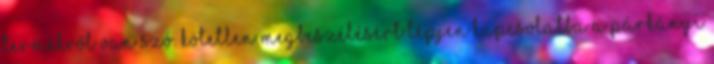
termékről van szó. Kötetlen megbeszélésért lépjen kapcsolatba a párkányi